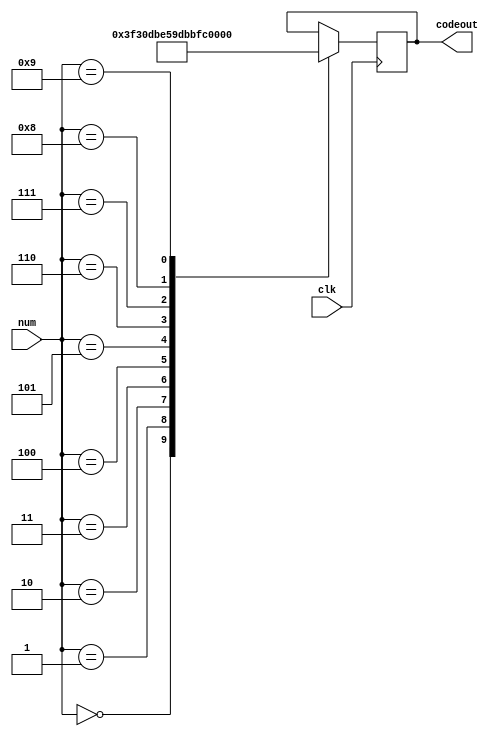
module mapping(
	input clk,
	input wire [15:0] num,
	output reg [6:0] codeout
);
	always@(posedge clk) begin
		case(num)
			4'b0000:codeout=7'b1111110;
			4'b0001:codeout=7'b0110000;
			4'b0010:codeout=7'b1101101;
			4'b0011:codeout=7'b1111001;
			4'b0100:codeout=7'b0110011;
			4'b0101:codeout=7'b1011011;
			4'b0110:codeout=7'b1011111;
			4'b0111:codeout=7'b1110000;
			4'b1000:codeout=7'b1111111;
			4'b1001:codeout=7'b1111011;
		endcase
	end
endmodule